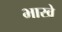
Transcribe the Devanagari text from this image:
भाखे